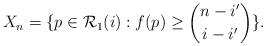
LaTeX: \begin{align*}X_{n}= \{ p \in \mathcal{R}_{1}(i) : f(p) \ge{ n - i' \choose i- i'} \}.\end{align*}